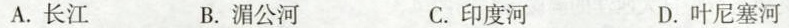
A.长江 B.湄公河 C.印度河 D.叶尼塞河